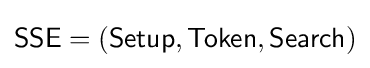
{\mathsf {SSE=(Setup,Token,Search)}}